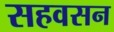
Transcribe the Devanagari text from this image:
सहवसन